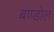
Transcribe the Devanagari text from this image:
बण्डोल